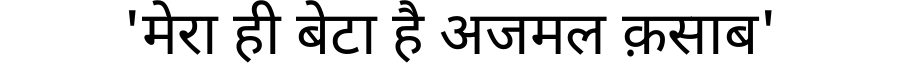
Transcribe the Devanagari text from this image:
'मेरा ही बेटा है अजमल क़साब'